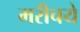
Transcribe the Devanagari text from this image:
मरीचये